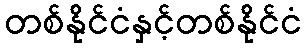
တစ်နိုင်ငံနှင့်တစ်နိုင်ငံ